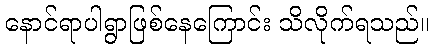
နောင်ရာပါရွာဖြစ်နေကြောင်း သိလိုက်ရသည်။